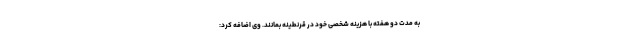
به مدت دو هفته با هزینه شخصی خود در قرنطینه بمانند. وی اضافه کرد: